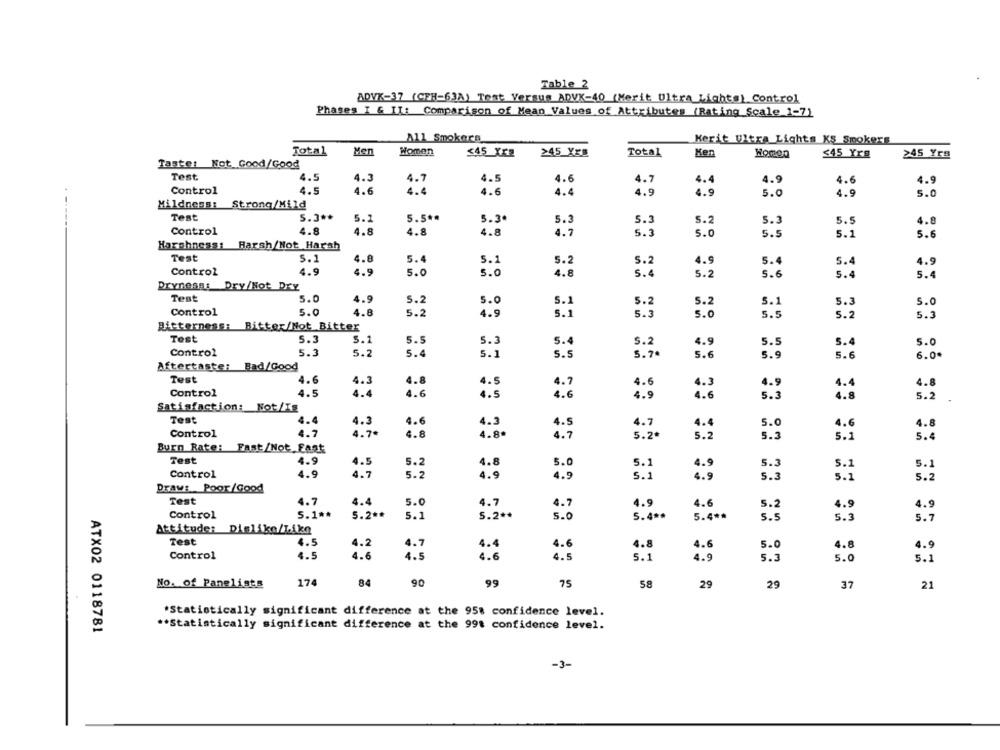
Table 2
ADVK-37 (CEH=63A) Test Versus ADVK-40 (Merit Ultra Lights) Control
Phases I & II: Comparison of Mean Values of Attributes (Rating Scale 1-7)
All Smokers
Kerit Ultra Lights KS Smokers
Total
Women
Men
$45 XXX
≥45_YES
Total
Ken
Homon
$45 Yrs
>45 Yrs
Taste: Not Good/Good
Test
4.5
4.3
4.7
4.5
4.6
4.7
4.9
4.6
4.4
4.9
Control
4.5
4.6
4.4
4.6
4.4
4.9
4.9
5.0
4.9
5.0
Mildness: Stronq/Mild
Test
5.3 **
5.7
5.5 **
5.3
5.3
5.3
5.2
5.3
5.5
4.8
Control
4.8
4.8
4.8
4.8
4.7
5.3
5.0
5.5
5.1
5.6
Harshness: Harsh/Not Harsh
Test
5.1
4.8
5.4
5.1
5.2
5.2
4.9
5.4
5.4
Control
4.9
4.9
4.9
5.0
5.0
4.8
S.4
5.2
5.6
5.4
5.
Dryness: Dry/Not Dry
Test
5.0
4.9
5.2
5.0
5.0
5.1
5.2
5.2
5.1
5.3
Control
5.0
4.8
5.2
4.9
5.1
5.3
5.0
5.5
5.2
5.3
Bitterness: Bitter/Not Bitter
Test
5.3
5.1
5.5
5.3
5.4
5.2
4.9
5.5
5.4
5.0
Control
5.3
5.2
5.4
5.7ª
5.1
s.s
5.6
5.9
5.6
6.0*
Aftertaste: Bad/Good
Test
4.6
4.3
4.8
4.5
4.7
4.6
4.4
4.8
4.3
4.9
Control
4.5
4.4
4.6
4.5
4.6
4.9
4.6
5.3
4.8
5.2
Satisfaction: Not/Is
Test
.4
4.3
4.6
4.3
4.5
4.7
4.4
5.0
4.6
4.8
Control
4.7
4.7*
4.8
4.8.
4.7
5.2ª
5.
5.5
5.1
5.4
Burn Rate: Fast/Not.Fast
Test
4.9
4.5
5.2
4.8
5.0
5.1
4.9
5.3
5.1
5.1
Control
4.7
4.9
5.2
4.9
4.9
S.1
4.9
5.3
5.1
5.2
Draw: Poor/Good
Test
4.7
4.4
5.0
4.7
4.7
4.9
4.6
4.9
4.9
5.2
Control
5.1 **
5.2 **
5.1
5.2 **
s.
5.4 **
5.4 **
5.5
5.3
5.7
Attitude: Dislike/Like
Test
4.5
4.2
4.7
4.4
4.6
4.8
4.6
5.0
4.8
4.9
Control
4.5
4.6
4.5
4.6
4.5
4.9
5.1
5.3
5.0
5.1
No. of Panelists
174
84
90
99
75
58
29
29
37
21
*Statistically significant difference at the 95% confidence level.
ATX02 0118781
** Statistically significant difference at the 991 confidence level.
-3-